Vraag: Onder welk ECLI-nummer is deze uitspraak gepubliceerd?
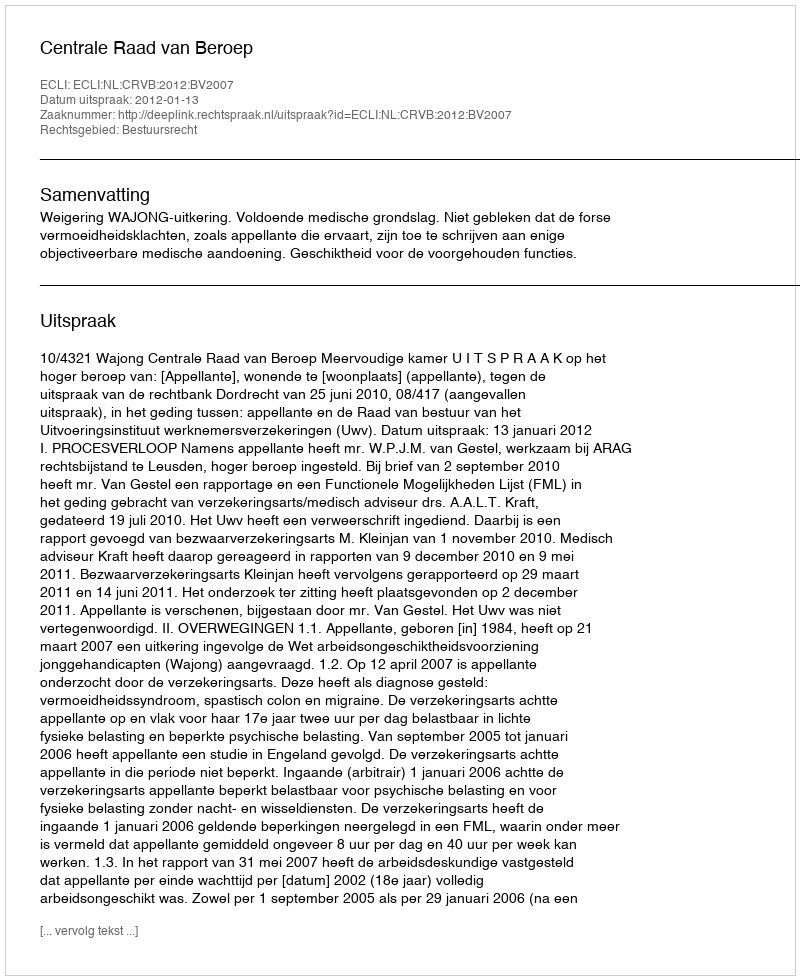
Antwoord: ECLI:NL:CRVB:2012:BV2007